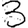
Digit: 3